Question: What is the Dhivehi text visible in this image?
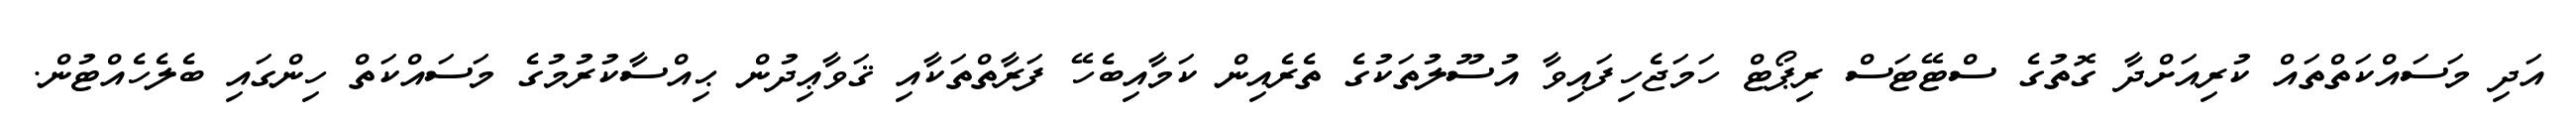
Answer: އަދި މަސައްކަތްތައް ކުރިއަށްދާ ގޮތުގެ ސްޓޭޓަސް ރިޕޯޓް ހަމަޖެހިފައިވާ އުސޫލުތަކުގެ ތެރެއިން ކަމާއިބެހޭ ފަރާތްތަކާއި ޤަވާޢިދުން ޙިއްސާކުރުމުގެ މަސައްކަތް ހިންގައި ބެލެހެއްޓުން.